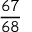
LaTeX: \frac { 6 7 } { 6 8 }